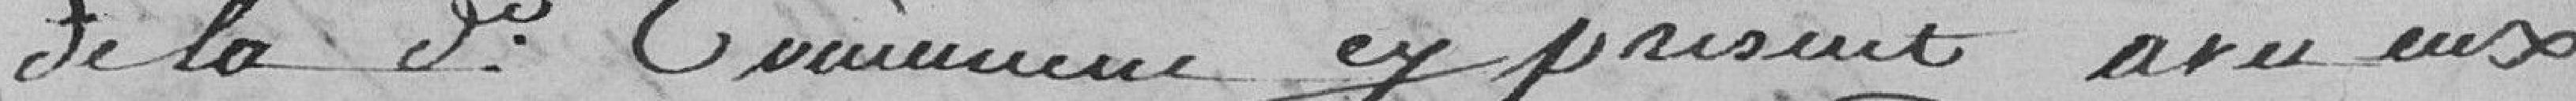
de la dite Commune cy présent avec eux